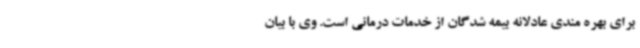
برای بهره مندی عادلانه بیمه شدگان از خدمات درمانی است. وی با بیان